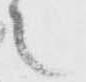
候